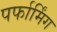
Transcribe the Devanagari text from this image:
पर्फार्मिंग